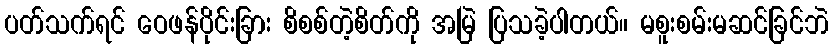
ပတ်သက်ရင် ဝေဖန်ပိုင်းခြား စိစစ်တဲ့စိတ်ကို အမြဲ ပြသခဲ့ပါတယ်။ မစူးစမ်းမဆင်ခြင်ဘဲ